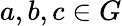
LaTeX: a,b,c\in G